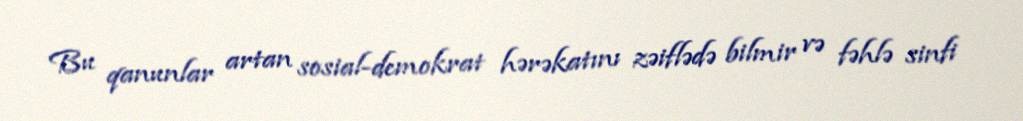
Bu qanunlar artan sosial-demokrat hərəkatını zəiflədə bilmir və fəhlə sinfi